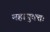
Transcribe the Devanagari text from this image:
महायुक्तः